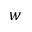
w